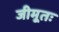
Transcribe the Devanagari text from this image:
जीमूतः